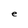
Character: e